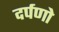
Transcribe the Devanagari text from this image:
दर्पणो